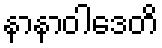
နာနာဝါဒေတိ